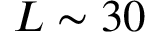
L \sim 3 0